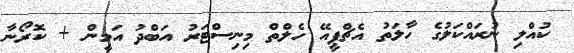
ކުއްލި ނުރައްކަލުގެ ހާލަތު އެޗްޕީއޭ ހެލްތް މިނިސްޓަރު އަބްދު އަމީން + ކޮރޯނާ